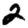
Digit: 2